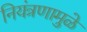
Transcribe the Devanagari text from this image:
नियंत्रणामुळे